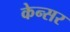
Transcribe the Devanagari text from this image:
केन्सर